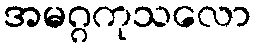
အမဂ္ဂကုသလော